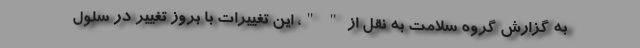
به گزارش گروه سلامت به نقل از " "، این تغییرات با بروز تغییر در سلول